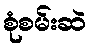
စုံစမ်းဆဲ